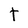
Character: t